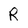
Character: R